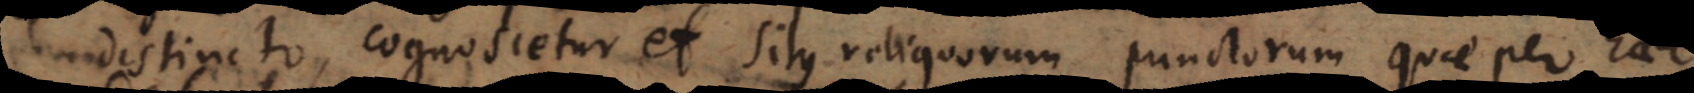
distincto, cognoscetur et situs reliquorum punctorum quae per haec